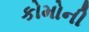
કોમોની